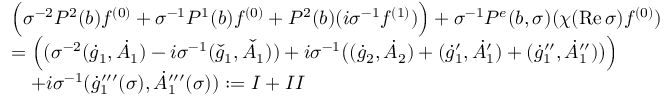
\begin{array} { r l } & { \Big ( \sigma ^ { - 2 } P ^ { 2 } ( b ) f ^ { ( 0 ) } + \sigma ^ { - 1 } P ^ { 1 } ( b ) f ^ { ( 0 ) } + P ^ { 2 } ( b ) ( i \sigma ^ { - 1 } f ^ { ( 1 ) } ) \Big ) + \sigma ^ { - 1 } P ^ { e } ( b , \sigma ) ( \chi ( \mathrm { R e \, } \sigma ) f ^ { ( 0 ) } ) } \\ & { = \Big ( ( \sigma ^ { - 2 } ( \dot { g } _ { 1 } , \dot { A } _ { 1 } ) - i \sigma ^ { - 1 } ( \check { g } _ { 1 } , \check { A } _ { 1 } ) ) + i \sigma ^ { - 1 } \big ( ( \dot { g } _ { 2 } , \dot { A } _ { 2 } ) + ( \dot { g } _ { 1 } ^ { \prime } , \dot { A } _ { 1 } ^ { \prime } ) + ( \dot { g } _ { 1 } ^ { \prime \prime } , \dot { A } _ { 1 } ^ { \prime \prime } ) \big ) \Big ) } \\ & { \quad + i \sigma ^ { - 1 } ( \dot { g } _ { 1 } ^ { \prime \prime \prime } ( \sigma ) , \dot { A } _ { 1 } ^ { \prime \prime \prime } ( \sigma ) ) : = \MakeUppercase { \romannumeral 1 } + \MakeUppercase { \romannumeral 2 } } \end{array}